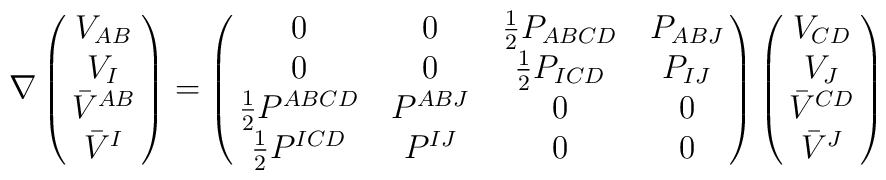
\nabla \pmatrix{V_{AB} \cr V_I \cr \bar V^{AB} \cr \bar V^I } = \pmatrix{0 & 0 & {1 \over 2} P_{ABCD} & P_{AB J} \cr0 & 0 & {1 \over 2} P_{I CD} & P_{IJ} \cr{1 \over 2}P^{ABCD} & P^{ AB J} & 0 & 0 \cr {1 \over 2}P^{I CD} & P^{IJ} & 0 & 0 \cr}\pmatrix{V_{CD} \cr V_J \cr \bar V^{CD} \cr \bar V^J }